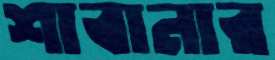
শাবানার